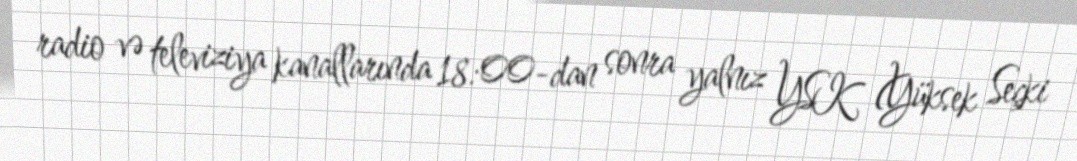
radio və televiziya kanallarında 18:00-dan sonra yalnız YSK (Yüksek Seçki